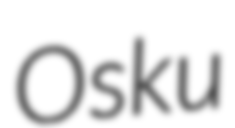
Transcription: Osku